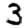
Digit: 3